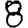
Digit: 8